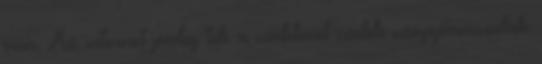
van. Az internet pedig tele a szebbnél szebb szappancsodák